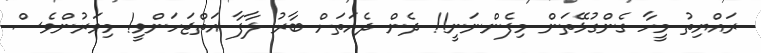
ރައްޔިތު މީހާ ގެންގުޅޭތަން މިފެންނަނީ!! ދެން ދެއަތަށް ބާރު ލާފާ އަތްޖަހަންވީ! މިވަރުންވެސް